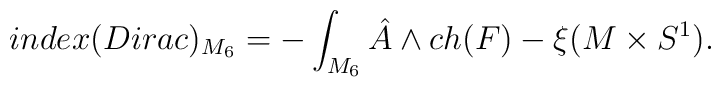
index (Dirac)_{M_6} = -\int_{M_6}{{\hat A}}\wedge{ch(F)}-\xi(M\times{S^1}) .